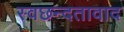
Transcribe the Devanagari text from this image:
स्वछन्दतावाद